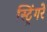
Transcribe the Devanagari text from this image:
स्ट्रिंगरे